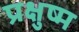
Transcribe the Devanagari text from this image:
प्रक्षुष्म